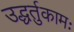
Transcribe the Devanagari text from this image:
उद्धर्तुकामः